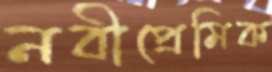
নবীপ্রেমিক